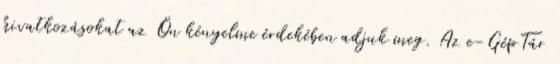
hivatkozásokat az Ön kényelme érdekében adjuk meg. Az e-GépTár